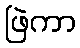
ဖြဲကာ